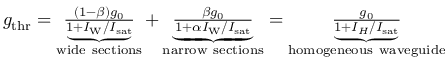
\begin{array} { r } { g _ { \mathrm { t h r } } = \underbrace { \frac { ( 1 - \beta ) g _ { 0 } } { 1 + I _ { \mathrm { W } } / { I _ { \mathrm { s a t } } } } } _ { \mathrm { w i d e ~ s e c t i o n s } } + \underbrace { \frac { \beta g _ { 0 } } { 1 + \alpha I _ { \mathrm { W } } / { I _ { \mathrm { s a t } } } } } _ { \mathrm { n a r r o w ~ s e c t i o n s } } = \underbrace { \frac { g _ { 0 } } { 1 + I _ { H } / { I _ { \mathrm { s a t } } } } } _ { \mathrm { h o m o g e n e o u s ~ w a v e g u i d e } } } \end{array}